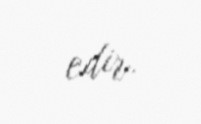
edir.